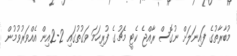
މުބާރާތުގެ ފައިނަލަށް ނުގޮސް ރާއްޖެ ކެޓީ މެޗުގެ ފުރިހަމަ ވަގުތުގައި 2-2އިން އެއްވަރުވުމުން